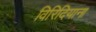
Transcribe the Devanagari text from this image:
विरिदियाना